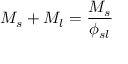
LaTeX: M _ { s } + M _ { l } = { \frac { M _ { s } } { \phi _ { s l } } }